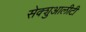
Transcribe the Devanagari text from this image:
सेक्शुआलीटी